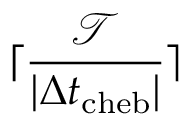
\lceil \frac { \mathcal T } { \vert \Delta t _ { \mathrm { c h e b } } \vert } \rceil